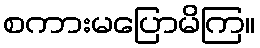
စကားမပြောမိကြ။